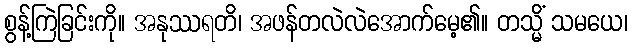
စွန့်ကြဲခြင်းကို။ အနုဿရတိ၊ အဖန်တလဲလဲအောက်မေ့၏။ တသ္မိံ သမယေ၊